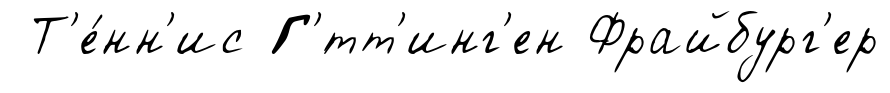
Т'е́нн'ис Г'́тт'инг'ен Фрайбург'ер